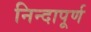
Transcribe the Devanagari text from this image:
निन्दापूर्ण